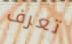
تعرف